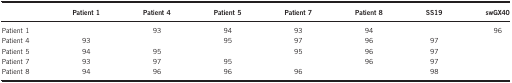
<table><thead><tr><td><b> </b></td><td><b>Patient 1</b></td><td><b>Patient 4</b></td><td><b>Patient 5</b></td><td><b>Patient 7</b></td><td><b>Patient 8</b></td><td><b>SS19</b></td><td><b>swGX40</b></td></tr></thead><tbody><tr><td>Patient 1</td><td> </td><td>93</td><td>94</td><td>93</td><td>94</td><td> </td><td>96</td></tr><tr><td>Patient 4</td><td>93</td><td> </td><td>95</td><td>97</td><td>96</td><td>97</td><td> </td></tr><tr><td>Patient 5</td><td>94</td><td>95</td><td> </td><td>95</td><td>96</td><td>97</td><td> </td></tr><tr><td>Patient 7</td><td>93</td><td>97</td><td>95</td><td> </td><td>96</td><td>97</td><td> </td></tr><tr><td>Patient 8</td><td>94</td><td>96</td><td>96</td><td>96</td><td> </td><td>98</td><td> </td></tr></tbody></table>